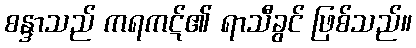
စန္ဒာသည် ကရကဋ်၏ ရာသီခွင် ဖြစ်သည်။